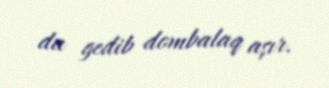
da gedib dombalaq aşır.